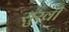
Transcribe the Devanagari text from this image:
सुखी